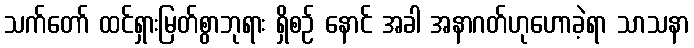
သက်တော် ထင်ရှားမြတ်စွာဘုရား ရှိစဉ် နောင် အခါ အနာဂတ်ဟုဟောခဲ့ရာ သာသနာ